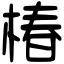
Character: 椿